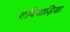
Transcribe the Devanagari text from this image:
दधिवाड़िया